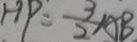
H P = \frac { 3 } { 2 } A B